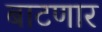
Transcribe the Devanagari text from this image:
बाटणार